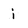
Character: i